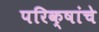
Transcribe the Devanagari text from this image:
परिक्षांचे